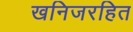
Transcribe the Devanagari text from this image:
खनिजरहित